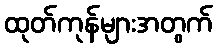
ထုတ်ကုန်များအတွက်